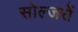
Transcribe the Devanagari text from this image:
सोल्जरों